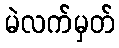
မဲလက်မှတ်